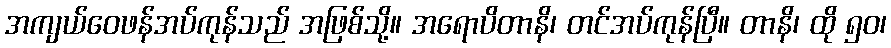
အကျယ်ဝေဖန်အပ်ကုန်သည် အဖြစ်သို့။ အရောပိတာနိ၊ တင်အပ်ကုန်ပြီ။ တာနိ၊ ထို ၅၀၊